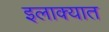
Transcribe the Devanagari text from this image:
इलाक्यात